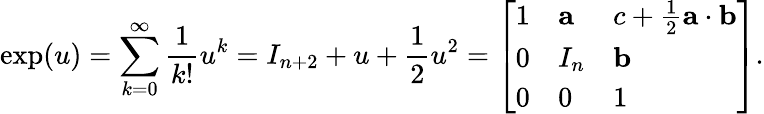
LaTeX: \exp(u)=\sum_{k=0}^{\infty}{\frac{1}{k!}}u^{k}=I_{n+2}+u+{\frac{1}{2}}u^{2}={\left[\begin{array}{lll}{1}&{\mathbf{a}}&{c+{\frac{1}{2}}\mathbf{a}\cdot\mathbf{b}}\\ {0}&{I_{n}}&{\mathbf{b}}\\ {0}&{0}&{1}\end{array}\right]}.